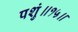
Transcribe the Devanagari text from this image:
पशुं॥१५॥